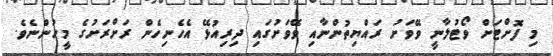
މި ފޮށްޓަށް ވޯޓުލާނީ ވޭވަށު ރައްޔިތުންނާއި ވޭވަށުގައި ދިރިއުޅޭ އެހެނިހެން ރަށްރަށުގެ މީހުންނެވެ.